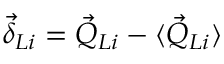
\vec { \delta } _ { L i } = \vec { Q } _ { L i } - \langle \vec { Q } _ { L i } \rangle